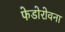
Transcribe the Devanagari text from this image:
फेडोरोवना